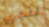
لنجرب